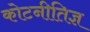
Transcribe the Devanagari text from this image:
कोटनीतिज्ञ